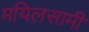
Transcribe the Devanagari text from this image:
मयिलसामी